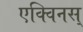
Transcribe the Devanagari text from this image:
एक्विनस्